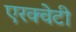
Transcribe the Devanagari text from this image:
एरक्वेटी